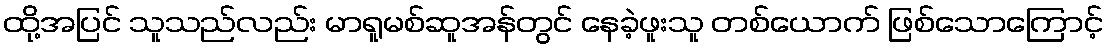
ထို့အပြင် သူသည်လည်း မာရူမစ်ဆူအန်တွင် နေခဲ့ဖူးသူ တစ်ယောက် ဖြစ်သောကြောင့်